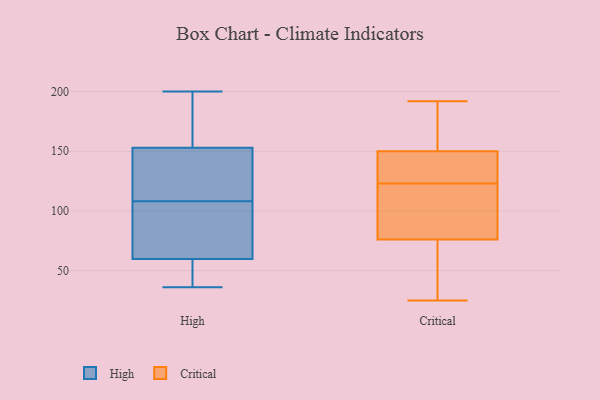
{"axis": {"x": "Active Users", "y": "Value"}, "legend": ["Critical", "High"], "data": [{"x": "", "y": 62, "type": "High"}, {"x": "", "y": 156, "type": "High"}, {"x": "", "y": 200, "type": "High"}, {"x": "", "y": 108, "type": "High"}, {"x": "", "y": 36, "type": "High"}, {"x": "", "y": 155, "type": "High"}, {"x": "", "y": 147, "type": "High"}, {"x": "", "y": 134, "type": "High"}, {"x": "", "y": 48, "type": "High"}, {"x": "", "y": 59, "type": "High"}, {"x": "", "y": 65, "type": "High"}, {"x": "", "y": 84, "type": "Critical"}, {"x": "", "y": 165, "type": "Critical"}, {"x": "", "y": 30, "type": "Critical"}, {"x": "", "y": 52, "type": "Critical"}, {"x": "", "y": 125, "type": "Critical"}, {"x": "", "y": 192, "type": "Critical"}, {"x": "", "y": 113, "type": "Critical"}, {"x": "", "y": 128, "type": "Critical"}, {"x": "", "y": 123, "type": "Critical"}, {"x": "", "y": 150, "type": "Critical"}, {"x": "", "y": 25, "type": "Critical"}, {"x": "", "y": 103, "type": "Critical"}, {"x": "", "y": 150, "type": "Critical"}]}